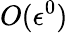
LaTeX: O(\epsilon^{0})